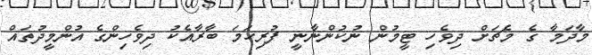
މާދަމާ ގެ މެޗަށް ދިވެހި ޓީމުން ނުކުންނާނީ ފުރިހަމަ ބާރާއެކު ދިވެހިންގެ އުންމީދުތައް